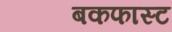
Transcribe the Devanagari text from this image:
बकफास्ट